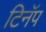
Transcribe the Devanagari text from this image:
टिनॅप